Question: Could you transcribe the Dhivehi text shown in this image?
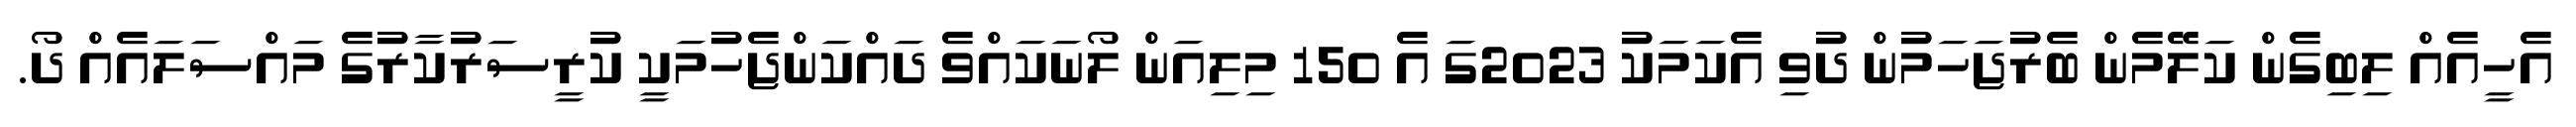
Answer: އެހީއެއް ލިބިގެން ކަލޭމެން ބެރުޖަހަމުން ދުވި އެކަމަކު 2023ގަ އެ 150 މިލިއަން ލޯނަކައްވެ ދައްކަންޖެހުމަކީ ކުރީސަރުކާރުގެ މައްސަލައެއް ދޯ.